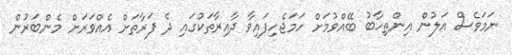
ނަމަވެސް އަލުން އިންތިހާބު ބޭއްވުމަށް ހަމަޖެހިފައިވާ ދާއިރާތަކުގައި ދެ ފަރާތަށް އެއްވަރަށް މެންބަރުން